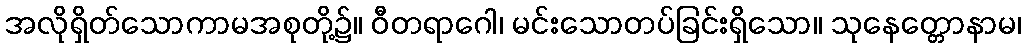
အလိုရှိတ်သောကာမအစုတို့၌။ ဝီတရာဂေါ၊ မင်းသောတပ်ခြင်းရှိသော။ သုနေတ္တောနာမ၊